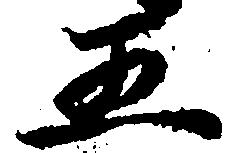
五